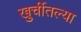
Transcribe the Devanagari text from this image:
खुर्चीतल्या